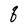
Character: q